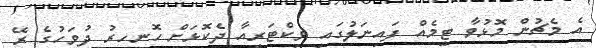
އެ މެޗުން މޮޅުވާ ޓީމެއް ފައިނަލުގައި ވިކްޓަރީއާ ދެކޮޅަށް ހޮނިހިރު ދުވަހުގެ ރޭ